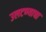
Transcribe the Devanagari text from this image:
उलटण्याचा